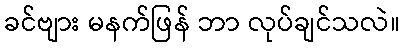
ခင်ဗျား မနက်ဖြန် ဘာ လုပ်ချင်သလဲ။